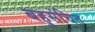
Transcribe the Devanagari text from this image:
बहुसंचित